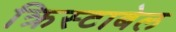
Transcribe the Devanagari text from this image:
क्रिस्टाबेल